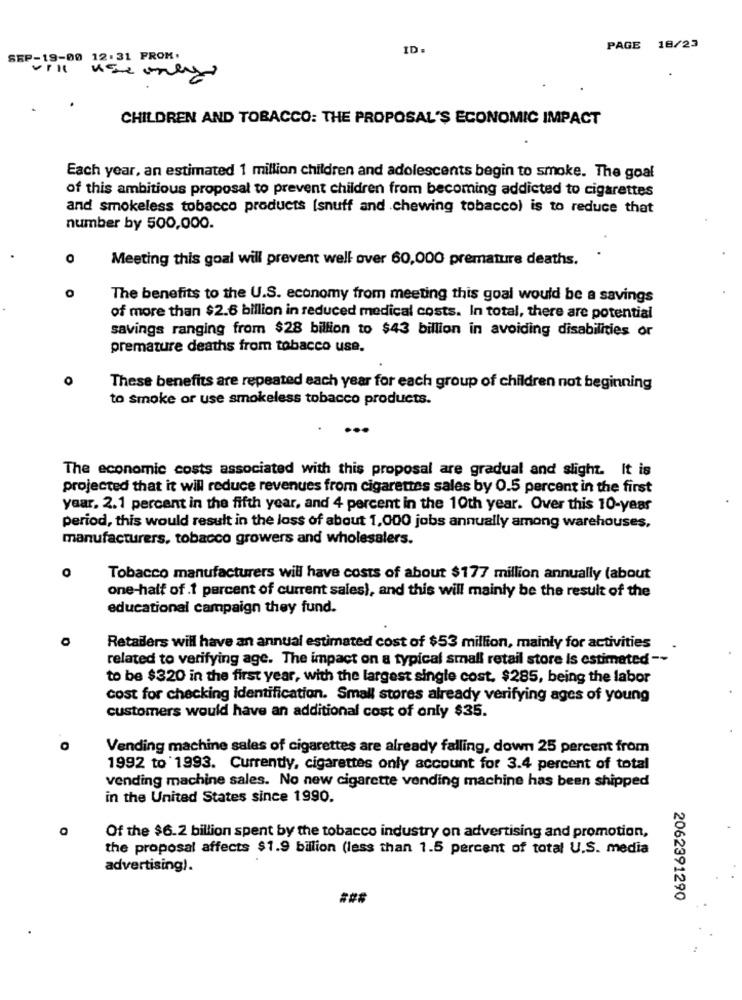
ID.
PAGE 18/23
SEP-19-00 12.31 FROM.
CHILDREN AND TOBACCO: THE PROPOSAL'S ECONOMIC IMPACT
Each year, an estimated 1 million children and adolescents begin to smoke. The goal
of this ambitious proposal to prevent children from becoming addicted to cigarettes
and smokeless tobacco products [snuff and .chewing tobacco) is to reduce that
number by 500,000.
O
Meeting this goal will prevent well over 60,000 premature deaths.
O
The benefits to the U.S. economy from meeting this goal would be a savings
of more than $2.6 billion in reduced medical costs. In total, there are potential
savings ranging from $28 billion to $43 billion in avoiding disabilities or
premature deaths from tobacco use.
These benefits are repeated each year for each group of children not beginning
to smoke or use smokeless tobacco products.
...
The economic costs associated with this proposal are gradual and slight. It is
projected that it will reduce revenues from cigarettes sales by 0.5 percent in the first
year. 2.1 percent in the fifth year, and 4 percent in the 10th year. Over this 10-year
period, this would result in the loss of about 1,000 jobs annually among warehouses,
manufacturers, tobacco growers and wholesalers.
O
Tobacco manufacturers will have costs of about $177 million annually (about
one-half of .1 percent of current sales), and this will mainly be the result of the
educational campaign they fund.
Retailers will have an annual estimated cost of $53 million, mainly for activities
related to verifying age. The impact on a typical small retail store is estimated --
to be $320 in the first year, with the largest single cost. $285, being the labor
cost for checking identification. Small stores already verifying ages of young
customers would have an additional cost of only $35.
Vending machine sales of cigarettes are already falling, down 25 percent from
1992 to 1993. Currently, cigarettes only account for 3.4 percent of total
vending machine sales. No new cigarette vending machine has been shipped
in the United States since 1990.
Of the $6.2 billion spent by the tobacco industry on advertising and promotion,
the proposal affects $1.9 billion (less than 1.5 percent of total U.S. media
advertising).
2062391290